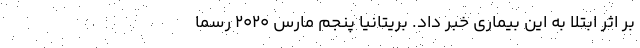
بر اثر ابتلا به این بیماری خبر داد. بریتانیا پنجم مارس ۲۰۲۰ رسما